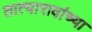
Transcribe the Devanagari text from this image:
तात्यारावांच्या